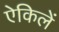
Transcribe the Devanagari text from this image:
ऐकिलें